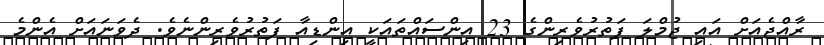
ރާއްޖެއަށް އައި ޖުމްލަ ފަތުރުވެރިންގެ 23 އިންސައްތައަކީ އިންޑިއާ ފަތުރުވެރިންނެވެ. ދެވަނައަށް އެންމެ